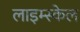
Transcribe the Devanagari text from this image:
लाइम्स्केल